King Institute of Preventive Medicine Micro-Biological Section reports 1912-19
Year: 1912
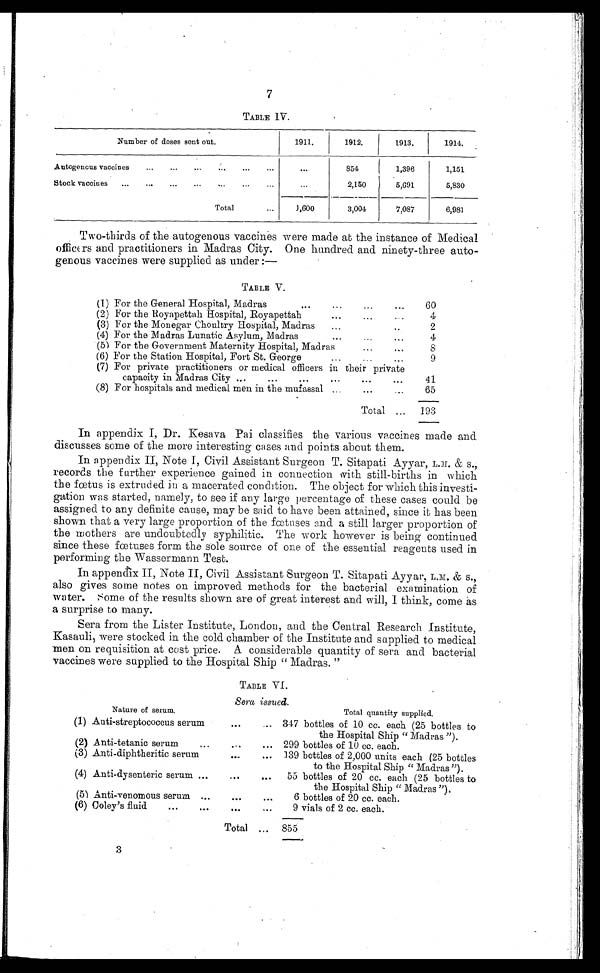
7
TABLE 1V.
Number of doses sent out.
1911.
1912.
1913.
1914.
Autogenous vaccines . . .
. . .
854
1,396
1,151
Stock vaccines . . .
. . .
2,150
5,691
5,830
Total . . .
1,600
3,004
7,087
6,981
Two-thirds of the autogenous vaccines were made at the instance of Medical
officers and practitioners in Madras City. One hundred and ninety-three auto-
genous vaccines were supplied as under:—
TABLE V.
(1) For the General Hospital, Madras . . .
60
(2) For the Royapettah Hospital, Royapettah . . .
4
(3) For the Monegar Choultry Hospital, Madras . . .
2
(4) For the Madras Lunatic Asylum, Madras . . .
4
(5) For the Government Maternity Hospital, Madras
. . .
8
(6) For the Station Hospital, Fort St. George . . .
9
(7) For private practitioners or medical officers in their private
capacity in Madras City . . .
41
(8) For hospitals and medical men in the mufassal . . .
65
Total . . .
193
In appendix I, Dr. Kesava Pai classifies the various vaccines made and
discusses some of the more interesting cases and points about them.
I n appendi x I I , Not e I , Ci vi l As s i s t ant Sur geon T. Si t apat i Ayyar , L. M. & S. ,
records the further experience gained in connection with still-births in which
the fœtus is extruded in a macerated c ondition. The object for which this investi--
gation was started, namely, to see if any large percentage of these cases could be
assigned to any definite cause, may be said to have been attained, since it has been
shown that a very large proportion of the fœtuses and a still larger proportion of
the mothers are undoubtedly syphilitic. The work however is being continued
since these fœtuses form the sole source of one of the essential reagents used in
performing the Wassermann Test.
In appendix II, Note II, Civil Assistant Surgeon T. Sitapati Ayyar, L.M. & S.,
also gives some notes on improved methods for the bacterial examination of
water. Some of the results shown are of great interest and will, I think, come as
a surprise to many.
Sera from the Lister Institute, London, and the Central Research Institute,
Kasauli, were stocked in the cold chamber of the Institute and supplied to medical
men on requisition at cost price. A considerable quantity of sera and bacterial
vaccines were supplied to the Hospital Ship " Madras. "
TABLE VI
Sera issued.
Nature of serum.
Total quantity supplied.
(1) Anti-streptococcus serum . . . 347 bottles of 10 cc. each (25 bottles to
the Hospital Ship " Madras ").
(2) Anti-tetanic serum . . . 299 bottles of 10 cc. each.
(3) Anti-diphtheritic serum . . . 139 bottles of 2,000 units each (25 bottles
to the Hospital Ship " Madras").
(4) Anti-dysenteric serum . . .
55 bottles of 20 cc. each (25 bottles to
the Hospital Ship " Madras ").
(5) Anti-venomous serum . . .
6 bottles of 20 cc. each.
(6) Coley's fluid . . .
9 vials of 2 cc. each.
Total . . . 855
3